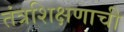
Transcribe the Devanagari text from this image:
तंत्रशिक्षणाची